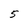
Character: 5